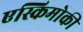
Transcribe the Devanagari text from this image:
एस्किमोकी